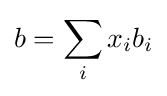
b=\sum _{i}x_{i}b_{i}